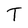
Character: T